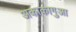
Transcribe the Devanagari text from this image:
अकाकागुआ